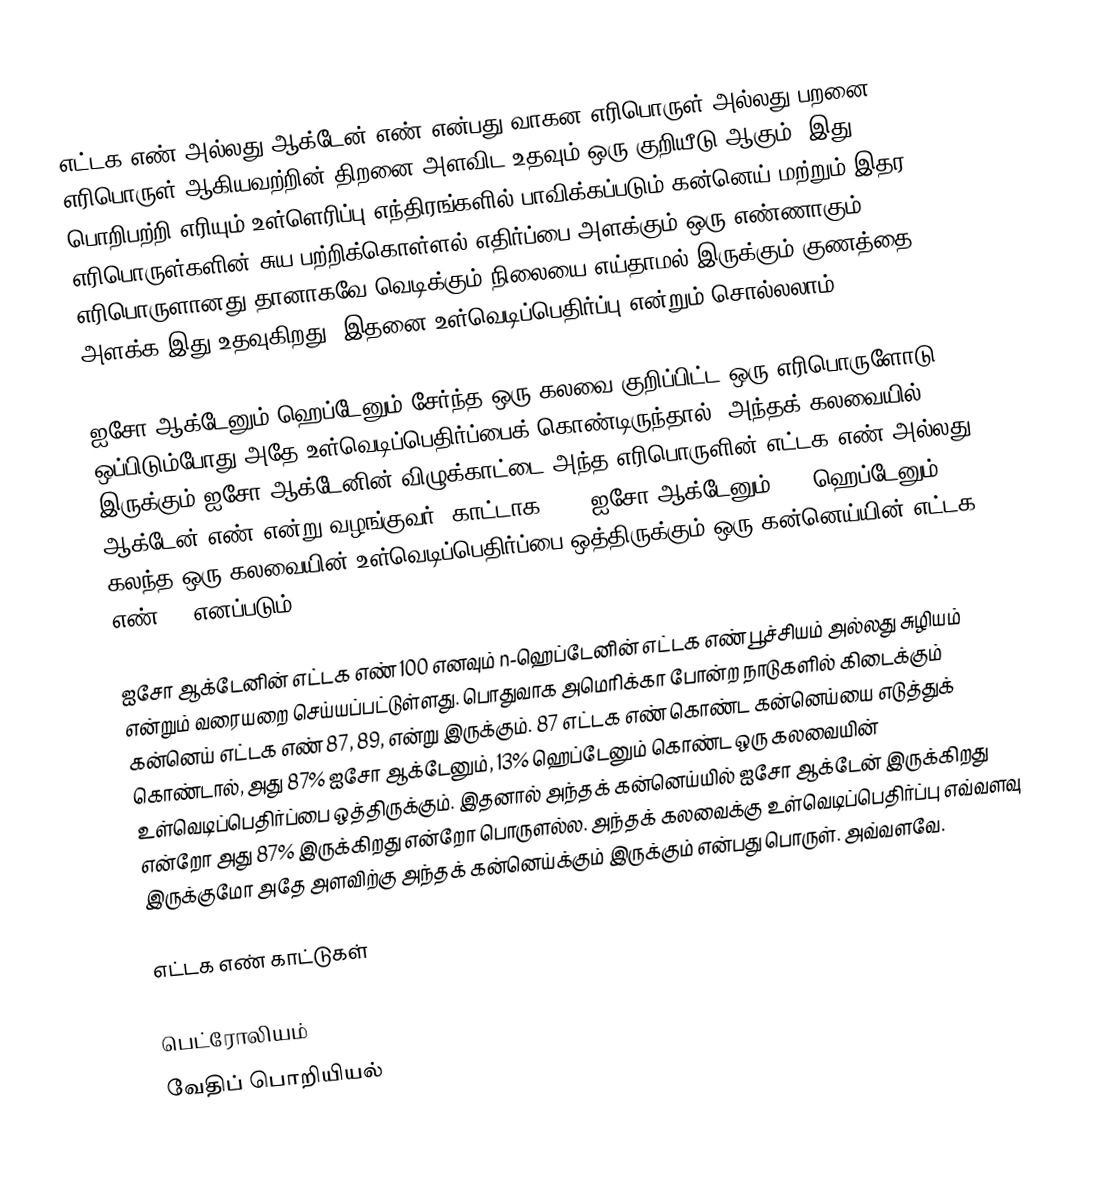
எட்டக எண் அல்லது ஆக்டேன் எண் என்பது வாகன எரிபொருள் அல்லது பறனை எரிபொருள் ஆகியவற்றின் திறனை அளவிட உதவும் ஒரு குறியீடு ஆகும். இது பொறிபற்றி எரியும் உள்ளெரிப்பு எந்திரங்களில் பாவிக்கப்படும் கன்னெய் மற்றும் இதர எரிபொருள்களின் சுய பற்றிக்கொள்ளல் எதிர்ப்பை அளக்கும் ஒரு எண்ணாகும். எரிபொருளானது தானாகவே வெடிக்கும் நிலையை எய்தாமல் இருக்கும் குணத்தை அளக்க இது உதவுகிறது. இதனை உள்வெடிப்பெதிர்ப்பு என்றும் சொல்லலாம்.

ஐசோ ஆக்டேனும் ஹெப்டேனும் சேர்ந்த ஒரு கலவை குறிப்பிட்ட ஒரு எரிபொருளோடு ஒப்பிடும்போது அதே உள்வெடிப்பெதிர்ப்பைக் கொண்டிருந்தால், அந்தக் கலவையில் இருக்கும் ஐசோ ஆக்டேனின் விழுக்காட்டை அந்த எரிபொருளின் எட்டக எண் அல்லது ஆக்டேன் எண் என்று வழங்குவர். காட்டாக, 90% ஐசோ ஆக்டேனும் 10% ஹெப்டேனும் கலந்த ஒரு கலவையின் உள்வெடிப்பெதிர்ப்பை ஒத்திருக்கும் ஒரு கன்னெய்யின் எட்டக எண் 90 எனப்படும்.

ஐசோ ஆக்டேனின் எட்டக எண் 100 எனவும் n-ஹெப்டேனின் எட்டக எண் பூச்சியம் அல்லது சுழியம் என்றும் வரையறை செய்யப்பட்டுள்ளது. பொதுவாக அமெரிக்கா போன்ற நாடுகளில் கிடைக்கும் கன்னெய் எட்டக எண் 87, 89, என்று இருக்கும். 87 எட்டக எண் கொண்ட கன்னெய்யை எடுத்துக் கொண்டால், அது 87% ஐசோ ஆக்டேனும், 13% ஹெப்டேனும் கொண்ட ஒரு கலவையின் உள்வெடிப்பெதிர்ப்பை ஒத்திருக்கும். இதனால் அந்தக் கன்னெய்யில் ஐசோ ஆக்டேன் இருக்கிறது என்றோ அது 87% இருக்கிறது என்றோ பொருளல்ல. அந்தக் கலவைக்கு உள்வெடிப்பெதிர்ப்பு எவ்வளவு இருக்குமோ அதே அளவிற்கு அந்தக் கன்னெய்க்கும் இருக்கும் என்பது பொருள். அவ்வளவே.

எட்டக எண் காட்டுகள்

பெட்ரோலியம்
வேதிப் பொறியியல்